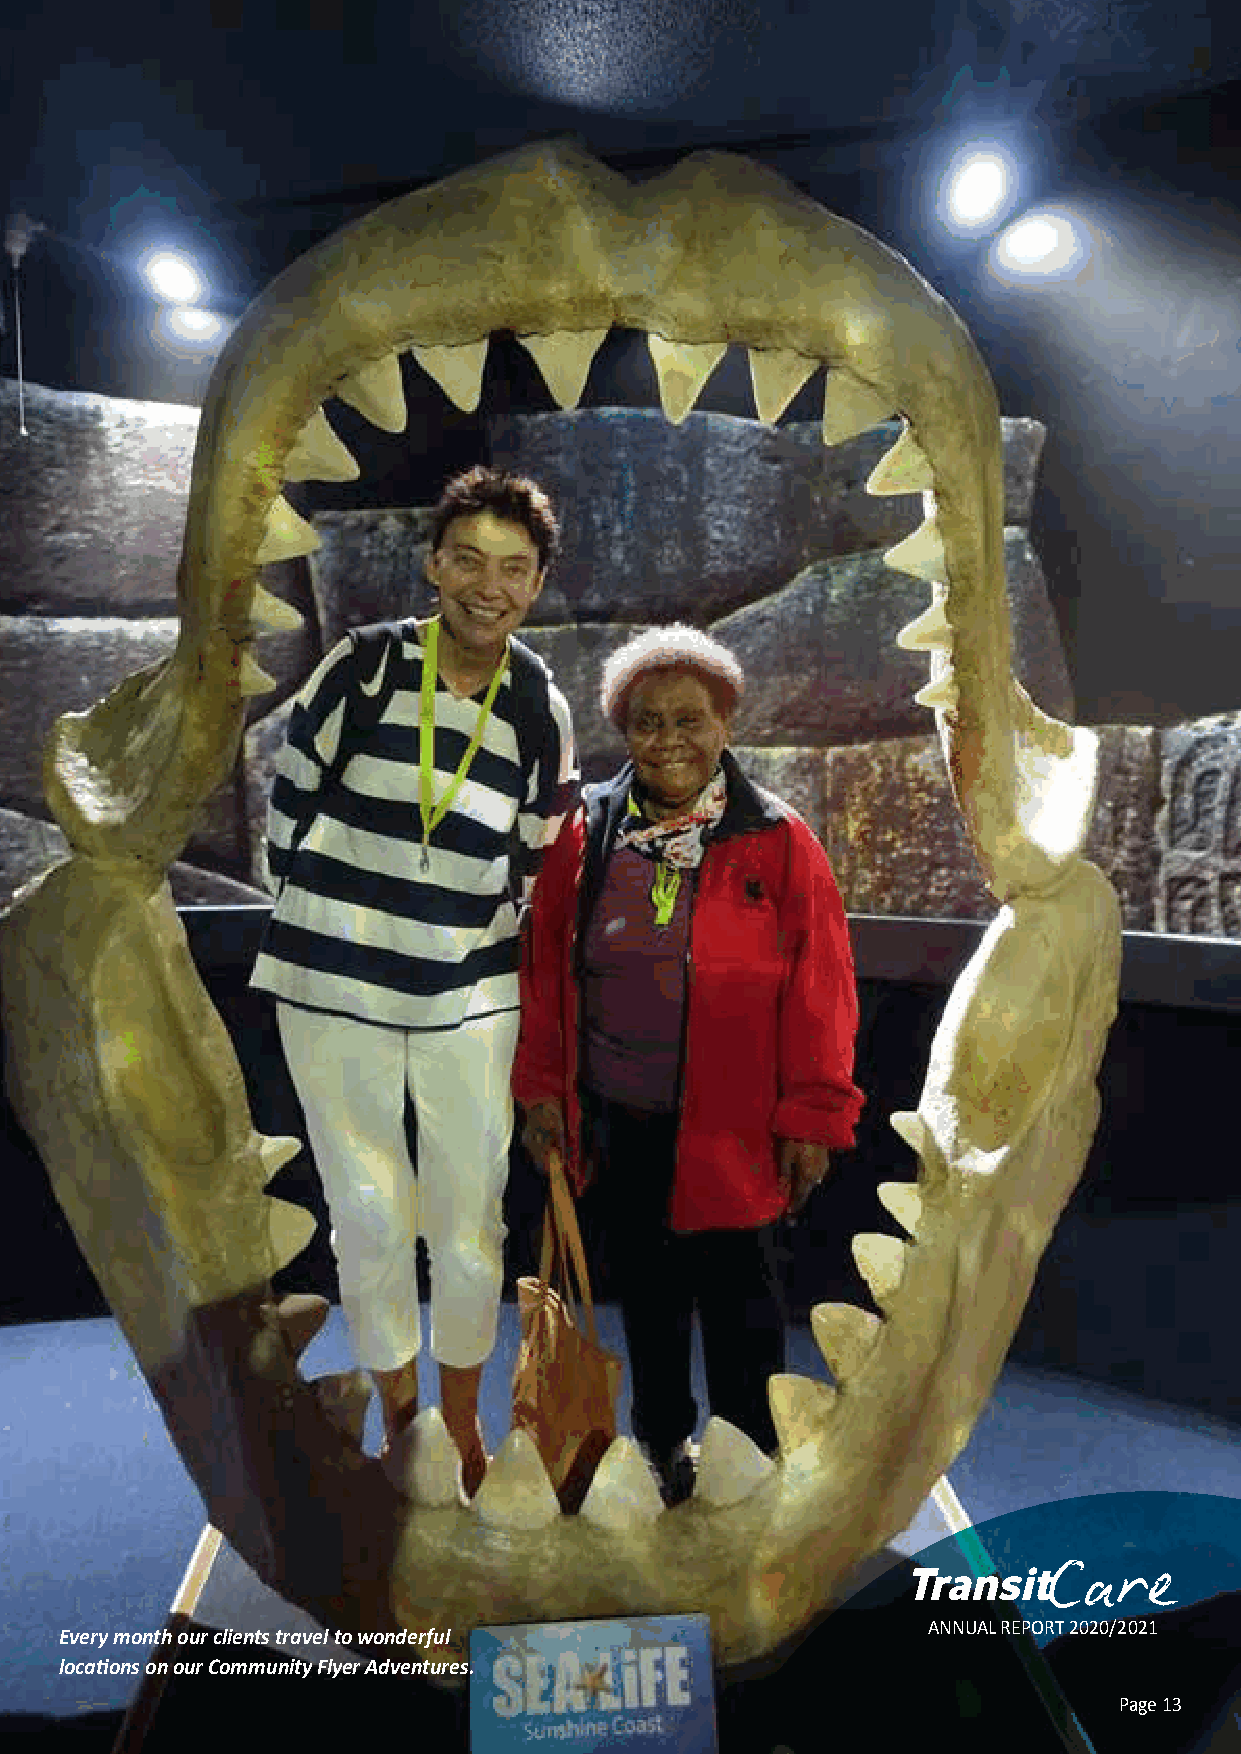
Community Flyer
 Social Support Services
 Every month our clients travel to wonderful
 ConneAcNtinNgU pAeL oRpElPeO toR Tt h2e0i2r 0co/2m0m21unities
 locations on our Community Flyer Adventures.
 Page 13